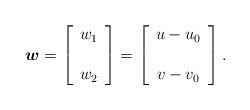
LaTeX: \begin{align*}\boldsymbol{w}=\left[\begin{array}[c]{c}w_{1}\\\\w_{2}\end{array}\right] =\left[\begin{array}[c]{c}u-u_{0}\\\\v-v_{0}\end{array}\right] . \end{align*}